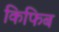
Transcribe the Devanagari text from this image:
किफिब